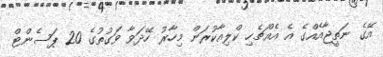
އޭގެ ނަތީޖާއެއްގެ އެ އެއްޗެހި ކްލިއާކުރަން މިހާރު ހޭދަވާ ވަގުތުގެ 20 ޕަސެންޓް